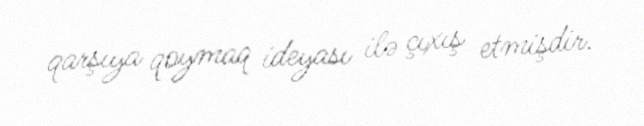
qarşıya qoymaq ideyası ilə çıxış etmişdir.